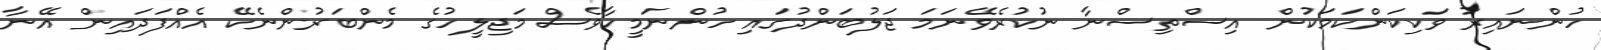
ހުންނައިރު ވަކިކަންކަމަކުން އިސްތިސްނާ ނުކުރެވޭނަމަ ޖަލުބަންދުގައި ހުންނަމީހާވެސް މަޖިލީހުގެ މެންބަރުންނެކޭ އެއްފަދައިން އޭނާ